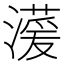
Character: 𪷠